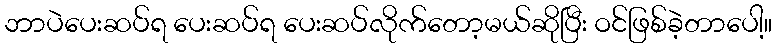
ဘာပဲပေးဆပ်ရ ပေးဆပ်ရ ပေးဆပ်လိုက်တော့မယ်ဆိုပြီး ဝင်ဖြစ်ခဲ့တာပေါ့။